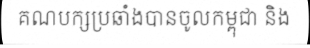
គណបក្សប្រឆាំងបានចូលកម្ពុជា និង